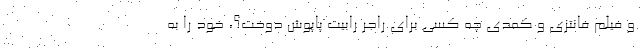
و فیلم فانتزی و کمدی چه کسی برای راجر رابیت پاپوش دوخت؟، خود را به